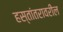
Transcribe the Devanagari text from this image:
हस्तांतरावरील